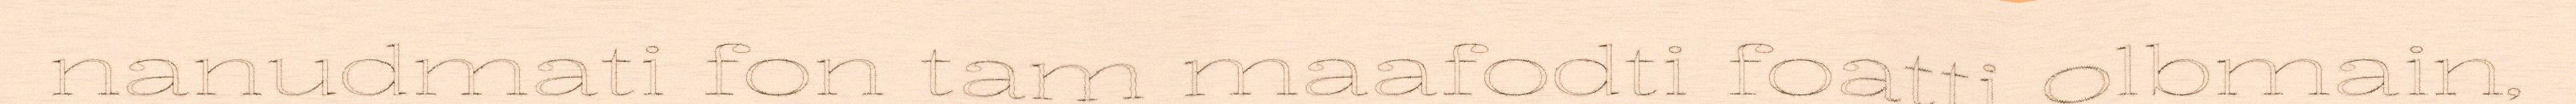
nanudmati fon tam maafodti foatti olbmain,